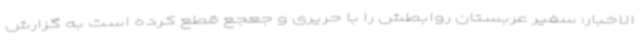
الاخبار: سفیر عربستان روابطش را با حریری و جعجع قطع کرده است به گزارش